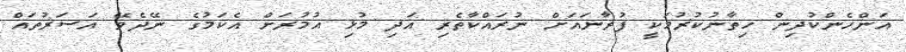
އަންހެންކުދިން ހިތާނުކުރުމަކީ ފުރާނައަށް ނުރައްކާތެރި އަދި މުޅި އުމުރަށް އެކަމުގެ ނޭދެވޭ އަސަރުތައް